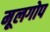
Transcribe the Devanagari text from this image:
मूलगोप